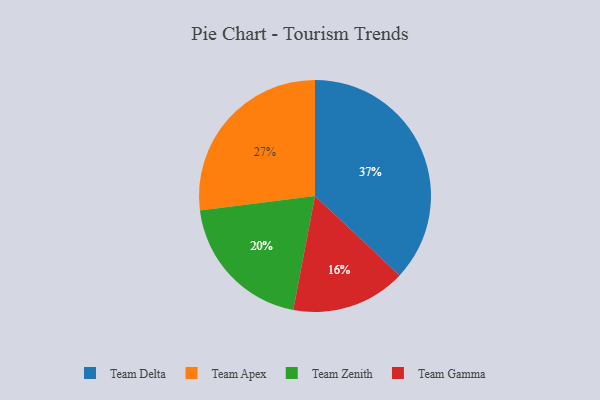
{"axis": {"x": "Category", "y": "Percentage"}, "legend": ["Team Apex", "Team Delta", "Team Gamma", "Team Zenith"], "data": [{"x": "Team Delta", "y": 37, "type": "Team Delta"}, {"x": "Team Gamma", "y": 16, "type": "Team Gamma"}, {"x": "Team Apex", "y": 27, "type": "Team Apex"}, {"x": "Team Zenith", "y": 20, "type": "Team Zenith"}]}